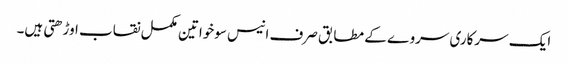
ایک سرکاری سروے کے مطابق صرف انیس سوخواتین مکمل نقاب اوڑھتی ہیں۔